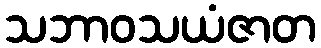
သဘာဝသယံဇာတ